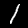
Label: 1